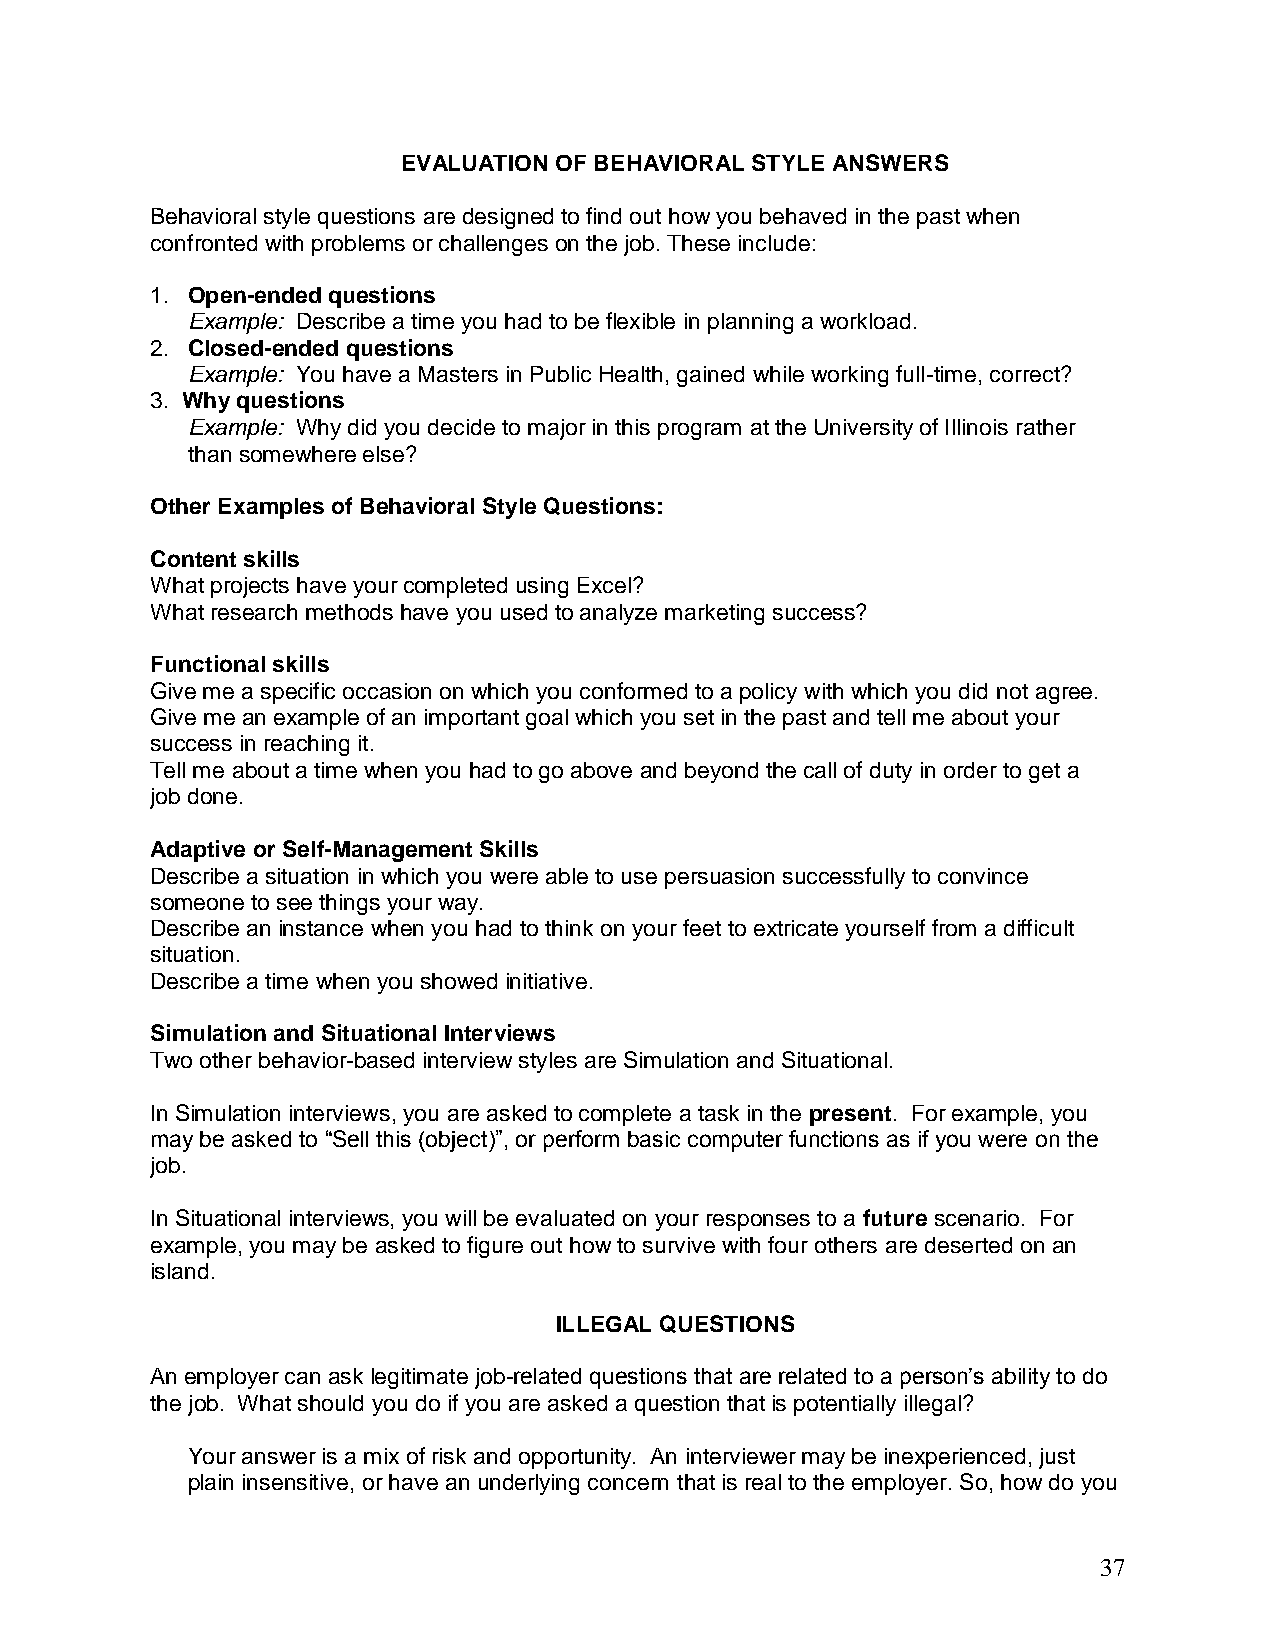
EVALUATION OF BEHAVIORAL STYLE ANSWERS
 Behavioral style questions are designed to find out how you behaved in the past when
 confronted with problems or challenges on the job. These include:
 1. Open-ended questions
 Example: Describe a time you had to be flexible in planning a workload.
 2. Closed-ended questions
 Example: You have a Masters in Public Health, gained while working full-time, correct?
 3. Why questions
 Example: Why did you decide to major in this program at the University of Illinois rather
 than somewhere else?
 Other Examples of Behavioral Style Questions:
 Content skills
 What projects have your completed using Excel?
 What research methods have you used to analyze marketing success?
 Functional skills
 Give me a specific occasion on which you conformed to a policy with which you did not agree.
 Give me an example of an important goal which you set in the past and tell me about your
 success in reaching it.
 Tell me about a time when you had to go above and beyond the call of duty in order to get a
 job done.
 Adaptive or Self-Management Skills
 Describe a situation in which you were able to use persuasion successfully to convince
 someone to see things your way.
 Describe an instance when you had to think on your feet to extricate yourself from a difficult
 situation.
 Describe a time when you showed initiative.
 Simulation and Situational Interviews
 Two other behavior-based interview styles are Simulation and Situational.
 In Simulation interviews, you are asked to complete a task in the present. For example, you
 may be asked to “Sell this (object)”, or perform basic computer functions as if you were on the
 job.
 In Situational interviews, you will be evaluated on your responses to a future scenario. For
 example, you may be asked to figure out how to survive with four others are deserted on an
 island.
 ILLEGAL QUESTIONS
 An employer can ask legitimate job-related questions that are related to a person’s ability to do
 the job. What should you do if you are asked a question that is potentially illegal?
 Your answer is a mix of risk and opportunity. An interviewer may be inexperienced, just
 plain insensitive, or have an underlying concern that is real to the employer. So, how do you
 37